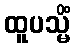
ထူပသ္မိံ